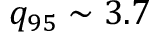
q _ { 9 5 } \sim 3 . 7